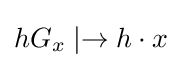
hG_{x}\mid \rightarrow h\cdot x